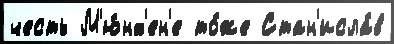
честь М'ю́нх'ен'е то́же Стан'исла́в